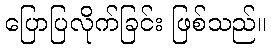
ပြောပြလိုက်ခြင်း ဖြစ်သည်။